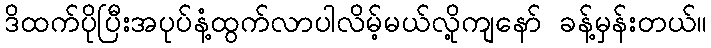
ဒိထက်ပိုပြီးအပုပ်နံ့ထွက်လာပါလိမ့်မယ်လို့ကျနော် ခန့်မှန်းတယ်။